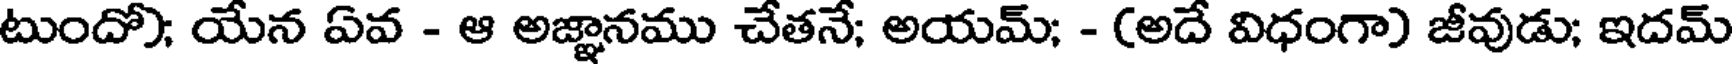
టుందో); యేన ఏవ - ఆ అజ్ఞానము చేతనే; అయమ్; - (అదే విధంగా) జీవుడు; ఇదమ్